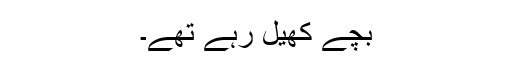
بچے کھیل رہے تھے۔